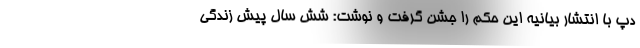
دپ با انتشار بیانیه‌ این حکم را جشن گرفت و نوشت: شش سال پیش زندگی